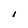
Character: I